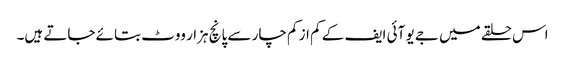
اس حلقے میں جے یو آئی ایف کے کم از کم چار سے پانچ ہزار ووٹ بتائے جاتے ہیں۔